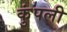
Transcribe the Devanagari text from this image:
कुंपली